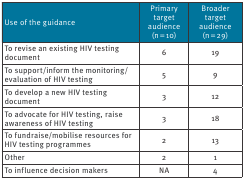
| Use of the guidance | Primary target audience (n = 10) | Broader target audience (n = 29) |
 | --- | --- | --- |
 | To revise an existing HIV testing document | 6 | 19 |
 | To support/inform the monitoring/evaluation of HIV testing | 5 | 9 |
 | To develop a new HIV testing document | 3 | 12 |
 | To advocate for HIV testing, raise awareness of HIV testing | 3 | 18 |
 | To fundraise/mobilise resources for HIV testing programmes | 2 | 13 |
 | Other | 2 | 1 |
 | To influence decision makers | NA | 4 |